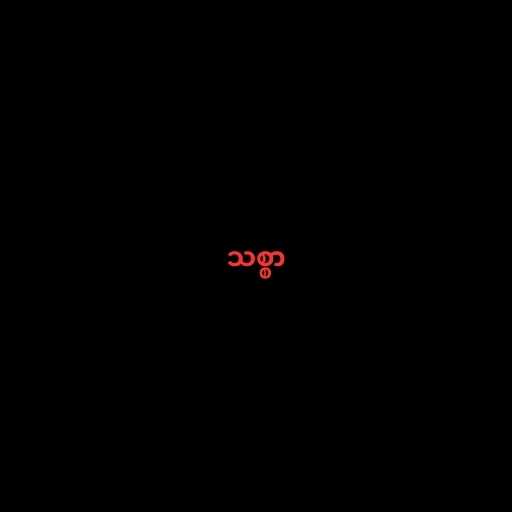
သစ္စာ